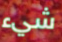
شيء